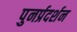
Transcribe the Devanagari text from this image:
पुनर्प्रदर्शन